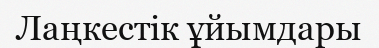
Лаңкестік ұйымдары